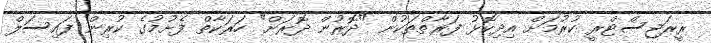
ރީރަޖިސްޓްރީ ކުރުމަށް އިދިކޮޅު ފަރާތްތަކުން "ދޮރުން ދޮރަށް" ހަރަކާތް ފެށުމުގެ ކުރިން ފައިސަލް